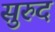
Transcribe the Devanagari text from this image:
सुरुद